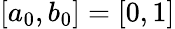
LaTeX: [a_{0},b_{0}]=[0,1]